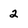
Character: 2